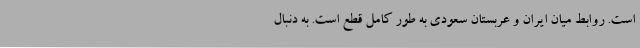
است. روابط میان ایران و عربستان سعودی به طور کامل قطع است. به دنبال